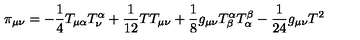
\pi _ { \mu \nu } = - \frac { 1 } { 4 } T _ { \mu \alpha } T _ { \nu } ^ { \alpha } + \frac { 1 } { 1 2 } T T _ { \mu \nu } + \frac { 1 } { 8 } g _ { \mu \nu } T _ { \beta } ^ { \alpha } T _ { \alpha } ^ { \beta } - \frac { 1 } { 2 4 } g _ { \mu \nu } T ^ { 2 }